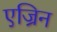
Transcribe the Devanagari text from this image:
एज्रिन